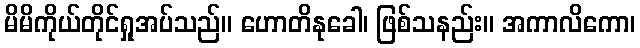
မိမိကိုယ်တိုင်ရှုအပ်သည်။ ဟောတိနုခေါ၊ ဖြစ်သနည်း။ အကာလိကော၊